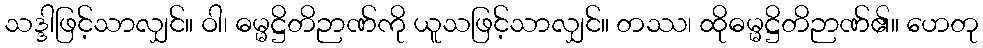
သဒ္ဒါဖြင့်သာလျှင်။ ဝါ၊ ဓမ္မဋ္ဌိတိဉာဏ်ကို ယူသဖြင့်သာလျှင်။ တဿ၊ ထိုဓမ္မဋ္ဌိတိဉာဏ်၏။ ဟေတု